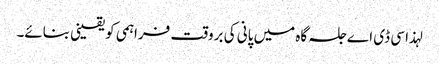
لہذا سی ڈی اے جلسہ گاہ میں پانی کی بروقت فراہمی کو یقینی بنائے۔